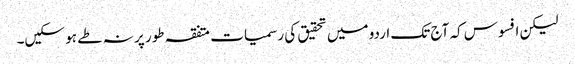
لیکن افسوس کہ آج تک اردو میں تحقیق کی رسمیات متفقہ طور پر نہ طے ہو سکیں۔